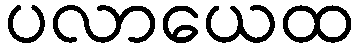
ပလာယေထ